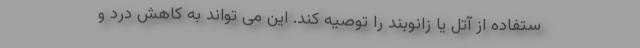
ستفاده از آتل یا زانوبند را توصیه کند. این می تواند به کاهش درد و